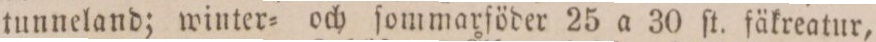
tunneland; winter= och ſommarföder 25 a 30 ſt. fäkreatur,